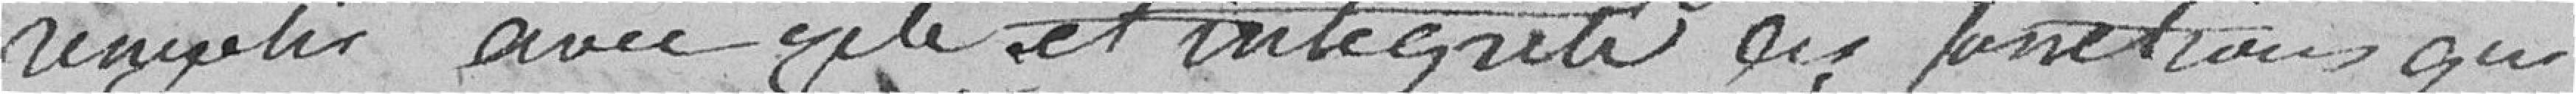
revoter avec acte et intégrité les fonctions qui